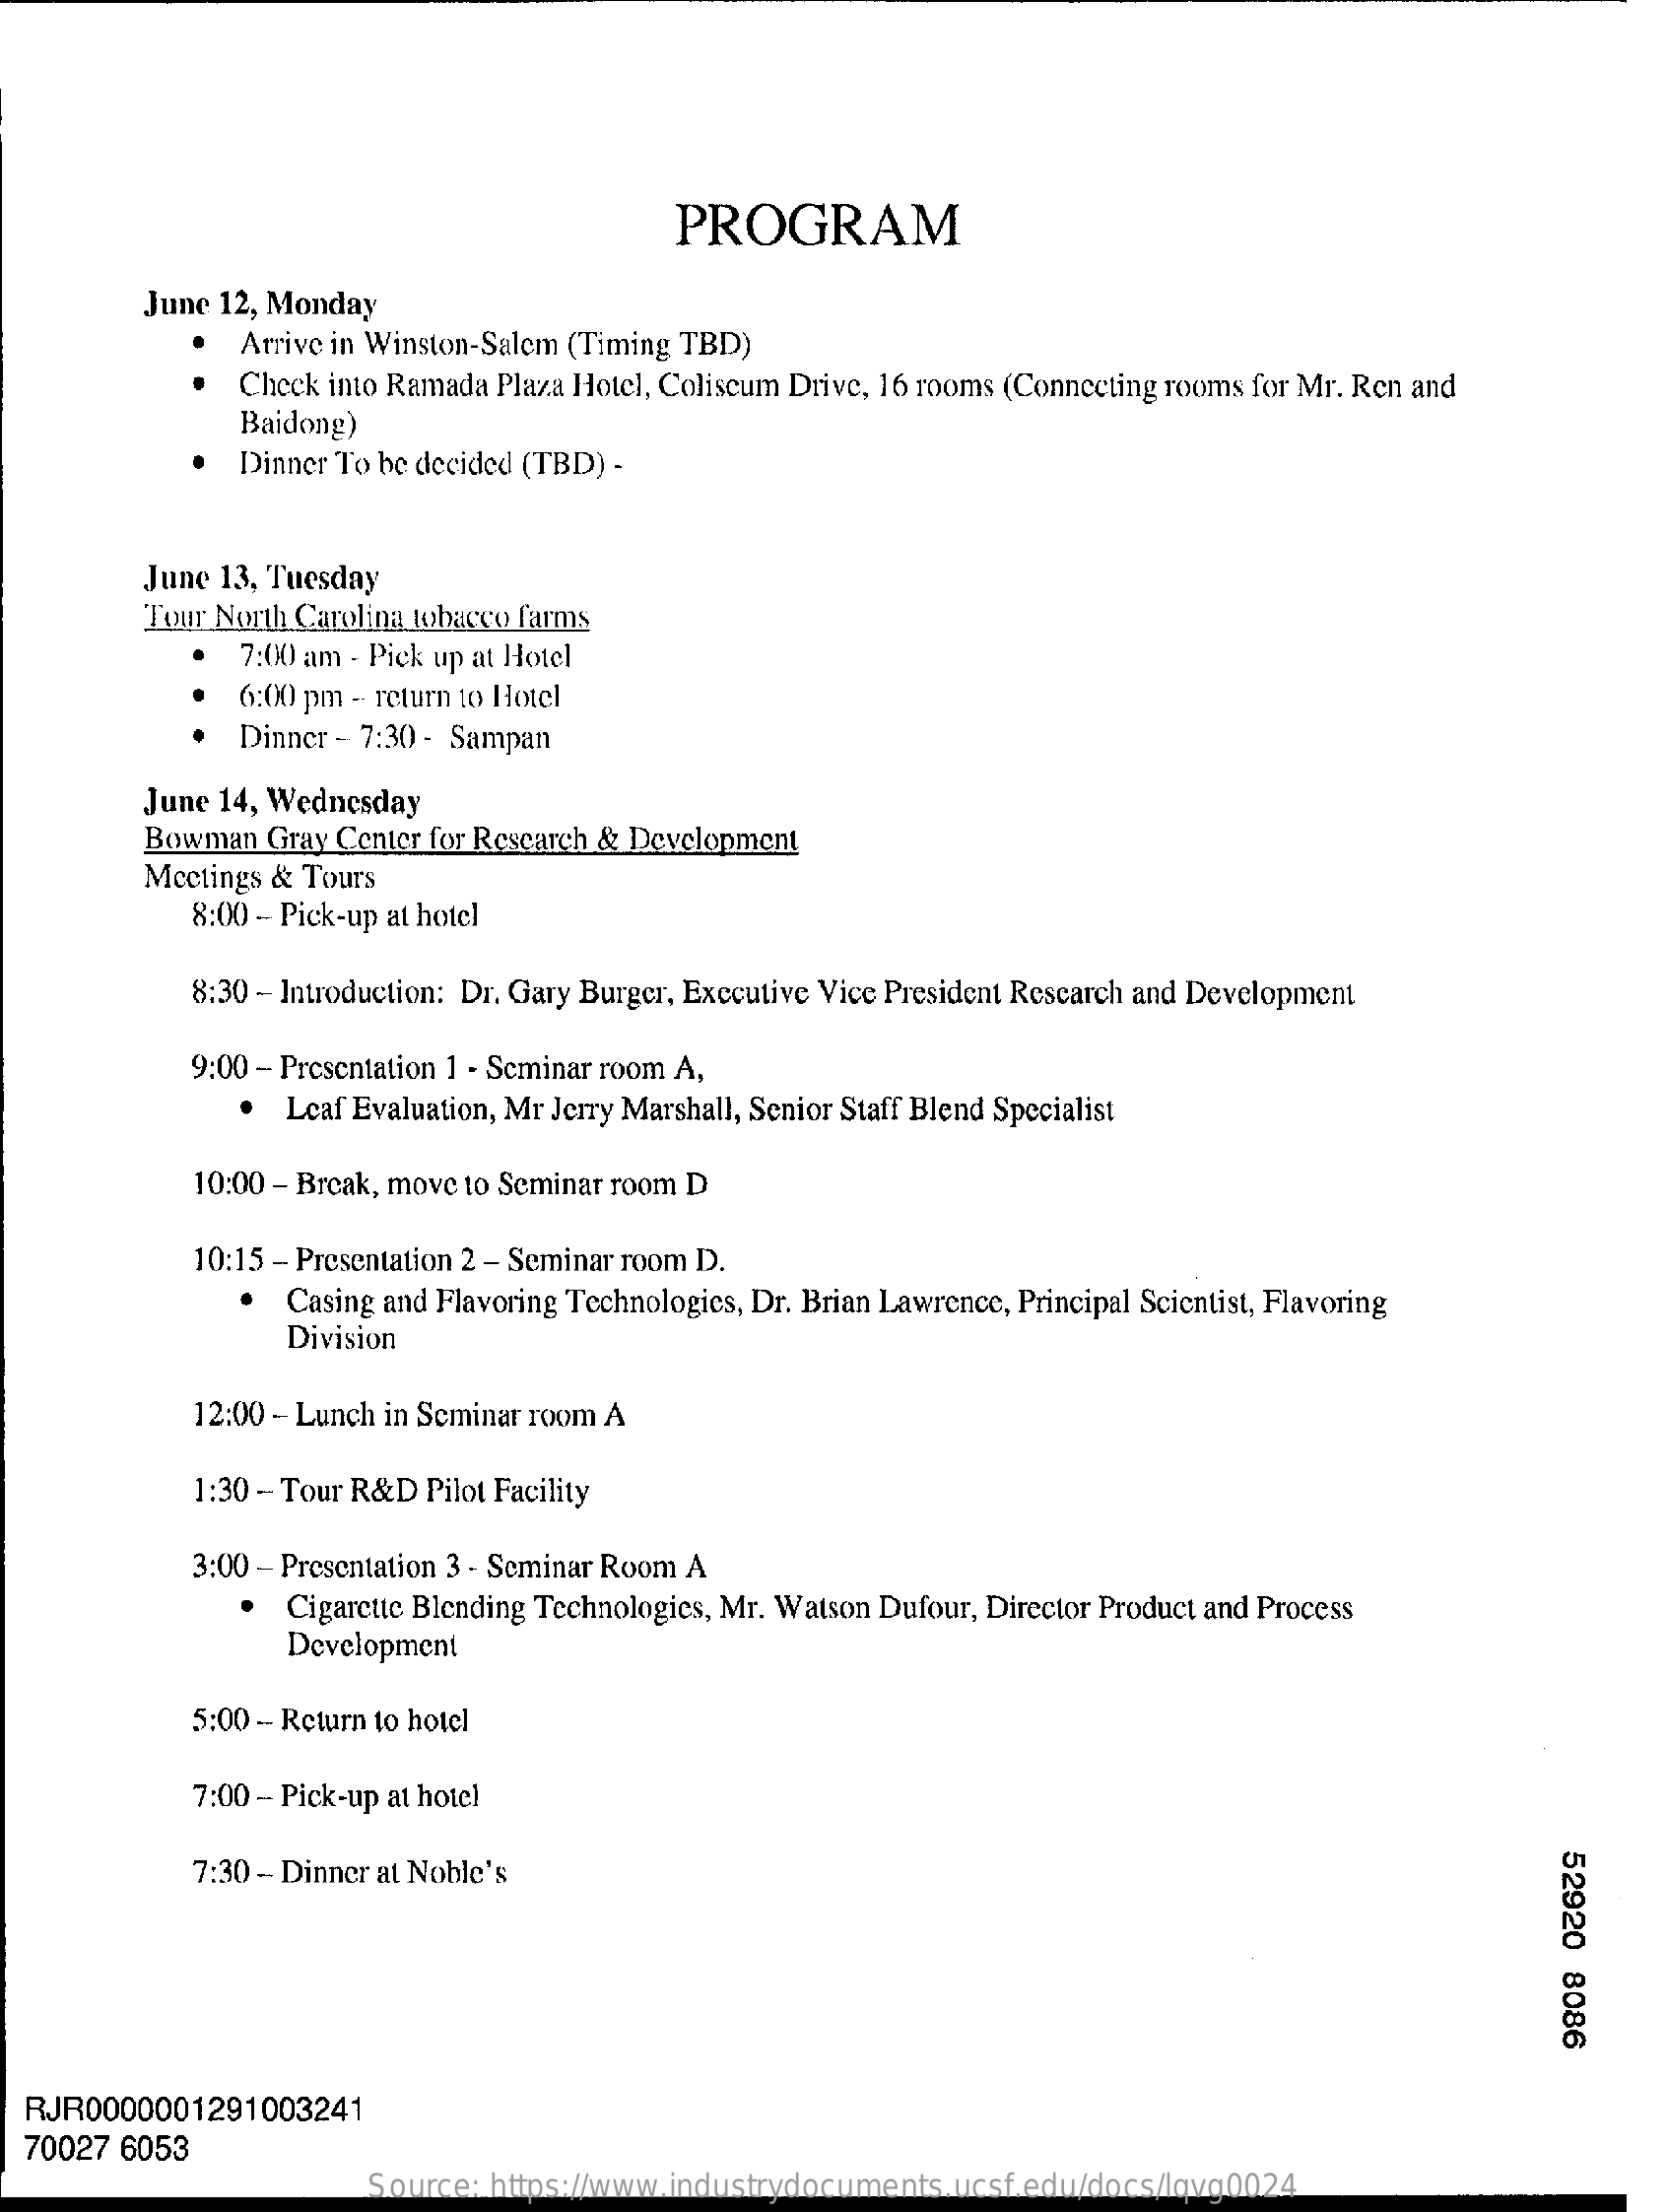
PROGRAM
     June 12, Monday
     Arrive in Winston-Salem (Timing TBD)
     Check into Ramada Plaza Hotel, Coliscum Drive, 16 rooms (Connecting rooms for Mr. Ren and
     Baidong)
     Dinner To be decided (TBD) -
     June 13, Tuesday
     Tour North Carolina tobacco farms
     7:00 am - Pick up at Hotel
     6:00 pm - return to Hotel
     Dinner - 7:30 - Sampan
     June 14, Wednesday
     Bowman  Gray Center for Research & Development
     Mcctings & Tours
     8:00 - Pick-up at hotel
     8:30 - Introduction: Dr. Gary Burger, Executive Vice President Research and Development
     9:00 - Presentation 1 - Seminar room A,
     Leaf Evaluation, Mr Jerry Marshall, Senior Staff Blend Specialist
     10:00 - Break, move to Seminar room D
     10:15 - Presentation 2 - Seminar room D.
     Casing and Flavoring Technologies, Dr. Brian Lawrence, Principal Scientist, Flavoring
     Division
     12:00 - Lunch in Seminar room A
     1:30 - Tour R&D Pilot Facility
     3:00 - Presentation 3 - Seminar Room A
     Cigarette Blending Technologies, Mr. Watson Dufour, Director Product and Process
     Development
     5:00 - Return to hotel
     7:00 - Pick-up at hotel
     52920
     8086
     7:30 - Dinner at Noble's
  RJR0000001291003241
  70027 6053
     Source: https://www.industrydocuments.ucsf.edu/docs/lqvg0024